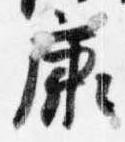
康